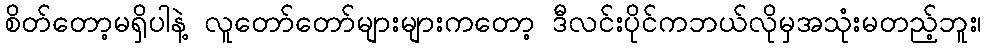
စိတ်တော့မရှိပါနဲ့ လူတော်တော်များများကတော့ ဒီလင်းပိုင်ကဘယ်လိုမှအသုံးမတည့်ဘူး၊